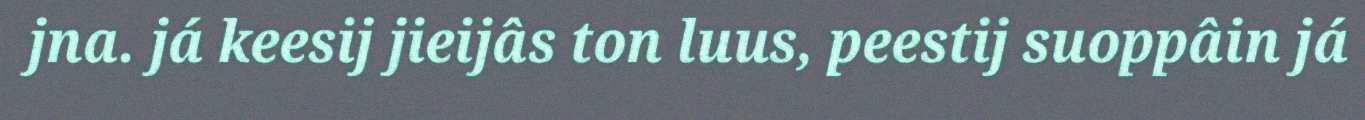
jna. já keesij jieijâs ton luus, peestij suoppâin já